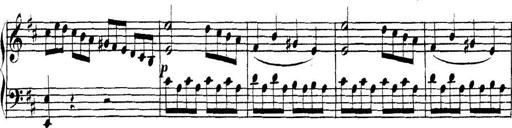
Title: Collected Piano Sonatas
Composer: Muzio Clementi